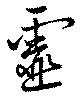
霊